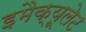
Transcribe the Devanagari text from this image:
इमैक्यूलेट